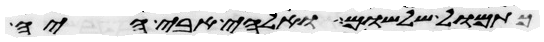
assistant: כתמול שלשום ואלהי אבי היה